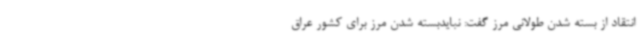
انتقاد از بسته شدن طولانی مرز گفت: نبایدبسته شدن مرز برای کشور عراق